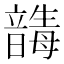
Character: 𩐸